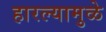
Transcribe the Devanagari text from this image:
हारल्यामुळे